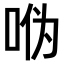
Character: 𫩳